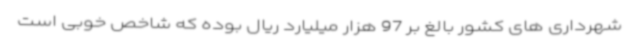
شهرداری های کشور بالغ بر 97 هزار میلیارد ریال بوده که شاخص خوبی است